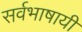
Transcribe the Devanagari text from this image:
सर्वभाषायी